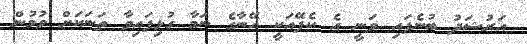
އަރުޝަދު ބުނެފައި ވަނީ އެ ކެފޭއަކީ އޭނާގެ ނަމާ ގުޅިފައިވާ ތަނަކަށް ވުމުން